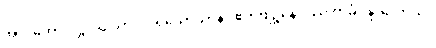
အာဒိတော ပဋ္ဌာယ ယာဝ ပရိယောသာနာ ဧကဗျဉ္ဇနေပိဿ ကင်္ခါ နာဟောသိ။